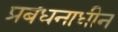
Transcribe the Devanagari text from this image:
प्रबंधनाधीन